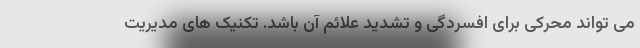
می تواند محرکی برای افسردگی و تشدید علائم آن باشد. تکنیک های مدیریت